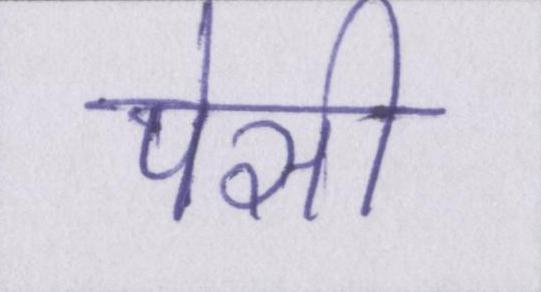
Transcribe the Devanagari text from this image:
पेसी